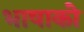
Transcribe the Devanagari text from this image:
भाषाको